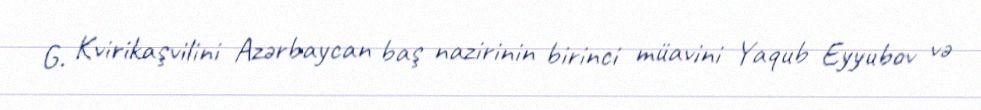
G. Kvirikaşvilini Azərbaycan baş nazirinin birinci müavini Yaqub Eyyubov və